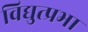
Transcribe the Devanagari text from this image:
विद्युत्प्रभा